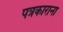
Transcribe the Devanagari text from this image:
पत्रकाराना